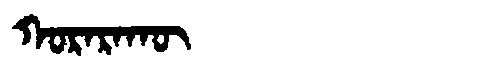
Manchu: ᡴᠣᡵᠠᡵᠠᡴᡡ
Romanization: KORARAKŪ